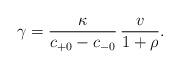
LaTeX: \begin{align*} \gamma=\frac{\kappa}{c_{+0}-c_{-0}}\,\frac{v}{1+\rho}.\end{align*}